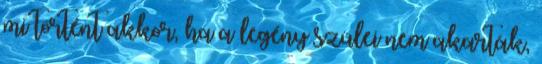
mi történt akkor, ha a legény szülei nem akarták,